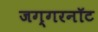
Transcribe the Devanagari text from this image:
जग्गरनॉट